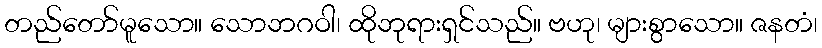
တည်တော်မူသော။ သောဘဂဝါ၊ ထိုဘုရားရှင်သည်။ ဗဟု၊ များစွာသော။ ဇနတံ၊